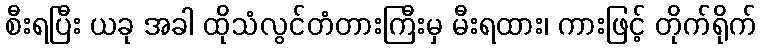
စီးရပြီး ယခု အခါ ထိုသံလွင်တံတားကြီးမှ မီးရထား၊ ကားဖြင့် တိုက်ရိုက်